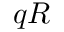
q R